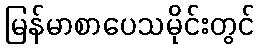
မြန်မာစာပေသမိုင်းတွင်